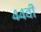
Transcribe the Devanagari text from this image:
४४वीं